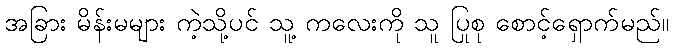
အခြား မိန်းမများ ကဲ့သို့ပင် သူ့ ကလေးကို သူ ပြုစု စောင့်ရှောက်မည်။